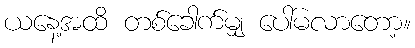
ယနေ့အထိ တစ်ခေါက်မျှ ပေါ်မလာတော့။